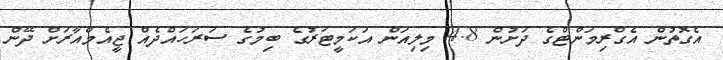
އެގޮތުން އެގްރިމަންޓްގެ ދަށުން 4.8 މިލިއަން އަކަމީޓަރުގެ ބިމުގެ ސަރަހައްދެއް ޖީއެމްއާރަށް ދޭން